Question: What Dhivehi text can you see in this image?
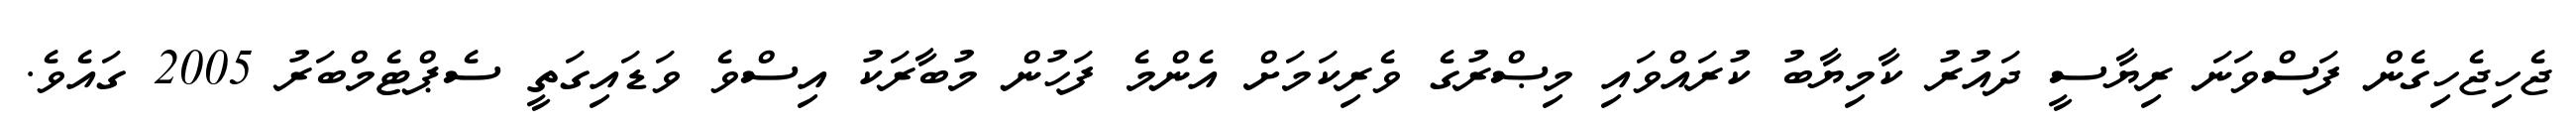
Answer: ޖެހިޖެހިގެން ފަސްވަނަ ރިޔާސީ ދައުރު ކާމިޔާބު ކުރައްވައި މިޞްރުގެ ވެރިކަމަށް އެންމެ ފަހުން މުބާރަކު އިސްވެ ވަޑައިގަތީ ސެޕްޓެމްބަރު 2005 ގައެވެ.